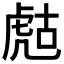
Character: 𧆻